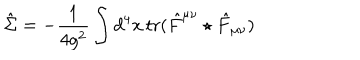
\hat { \Sigma } = - \frac { 1 } { 4 g ^ { 2 } } \int d ^ { 4 } x \, \mathrm { t r } ( \hat { F } ^ { \mu \nu } \star \hat { F } _ { \mu \nu } )